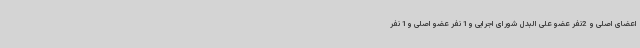
اعضای اصلی و 2نفر عضو علی البدل شورای اجرایی و1 نفر عضو اصلی و1 نفر